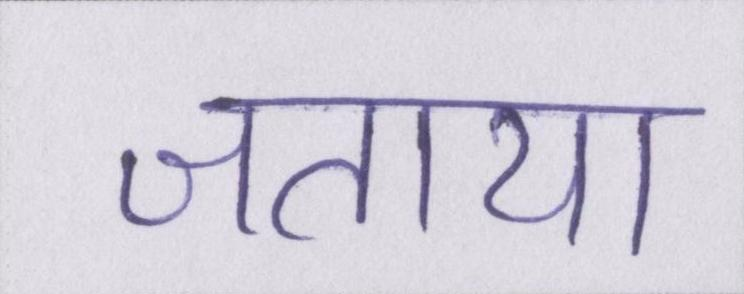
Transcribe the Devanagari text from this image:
जताया